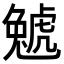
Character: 𧇢